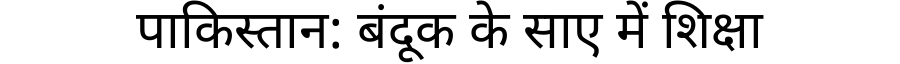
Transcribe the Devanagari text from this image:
पाकिस्तान: बंदूक के साए में शिक्षा